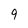
Character: 9